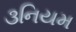
૩નિયમ